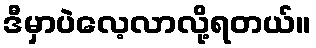
ဒီမှာပဲလေ့လာလို့ရတယ်။